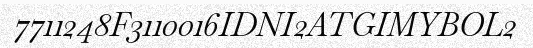
7711248F3110016IDNI2ATGIMYBOL2